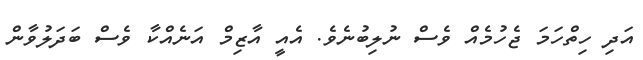
އަދި ހިތްހަމަ ޖެހުމެއް ވެސް ނުލިބުނެވެ. އެއީ އާޒިމް އަނެއްކާ ވެސް ބަދަލުވާން